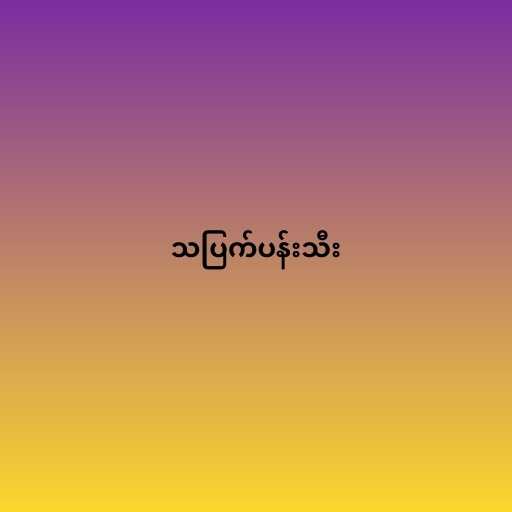
သပြက်ပန်းသီး